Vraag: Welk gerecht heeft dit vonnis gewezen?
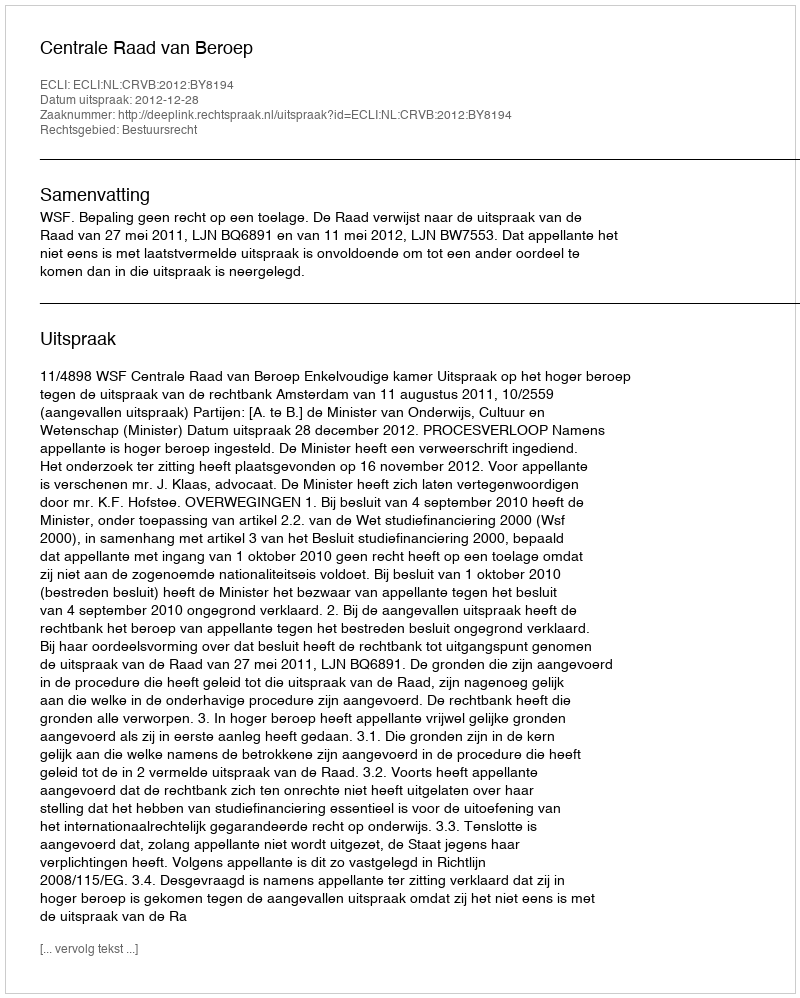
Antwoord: Centrale Raad van Beroep